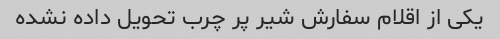
یکی از اقلام سفارش شیر پر چرب تحویل داده نشده